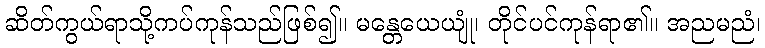
ဆိတ်ကွယ်ရာသို့ကပ်ကုန်သည်ဖြစ်၍။ မန္တေယေယျုံ၊ တိုင်ပင်ကုန်ရာ၏။ အညမညံ၊